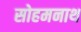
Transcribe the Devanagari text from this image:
सोहमनाथ